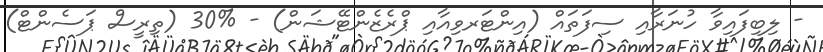
- ލިބިފައިވާ ހުނަރާއި ސިފަތައް (އިންޓަރވިއާއި ޕްރެޒެންޓޭޝަން) - %30 (ތިރީސް ޕަސެންޓް)